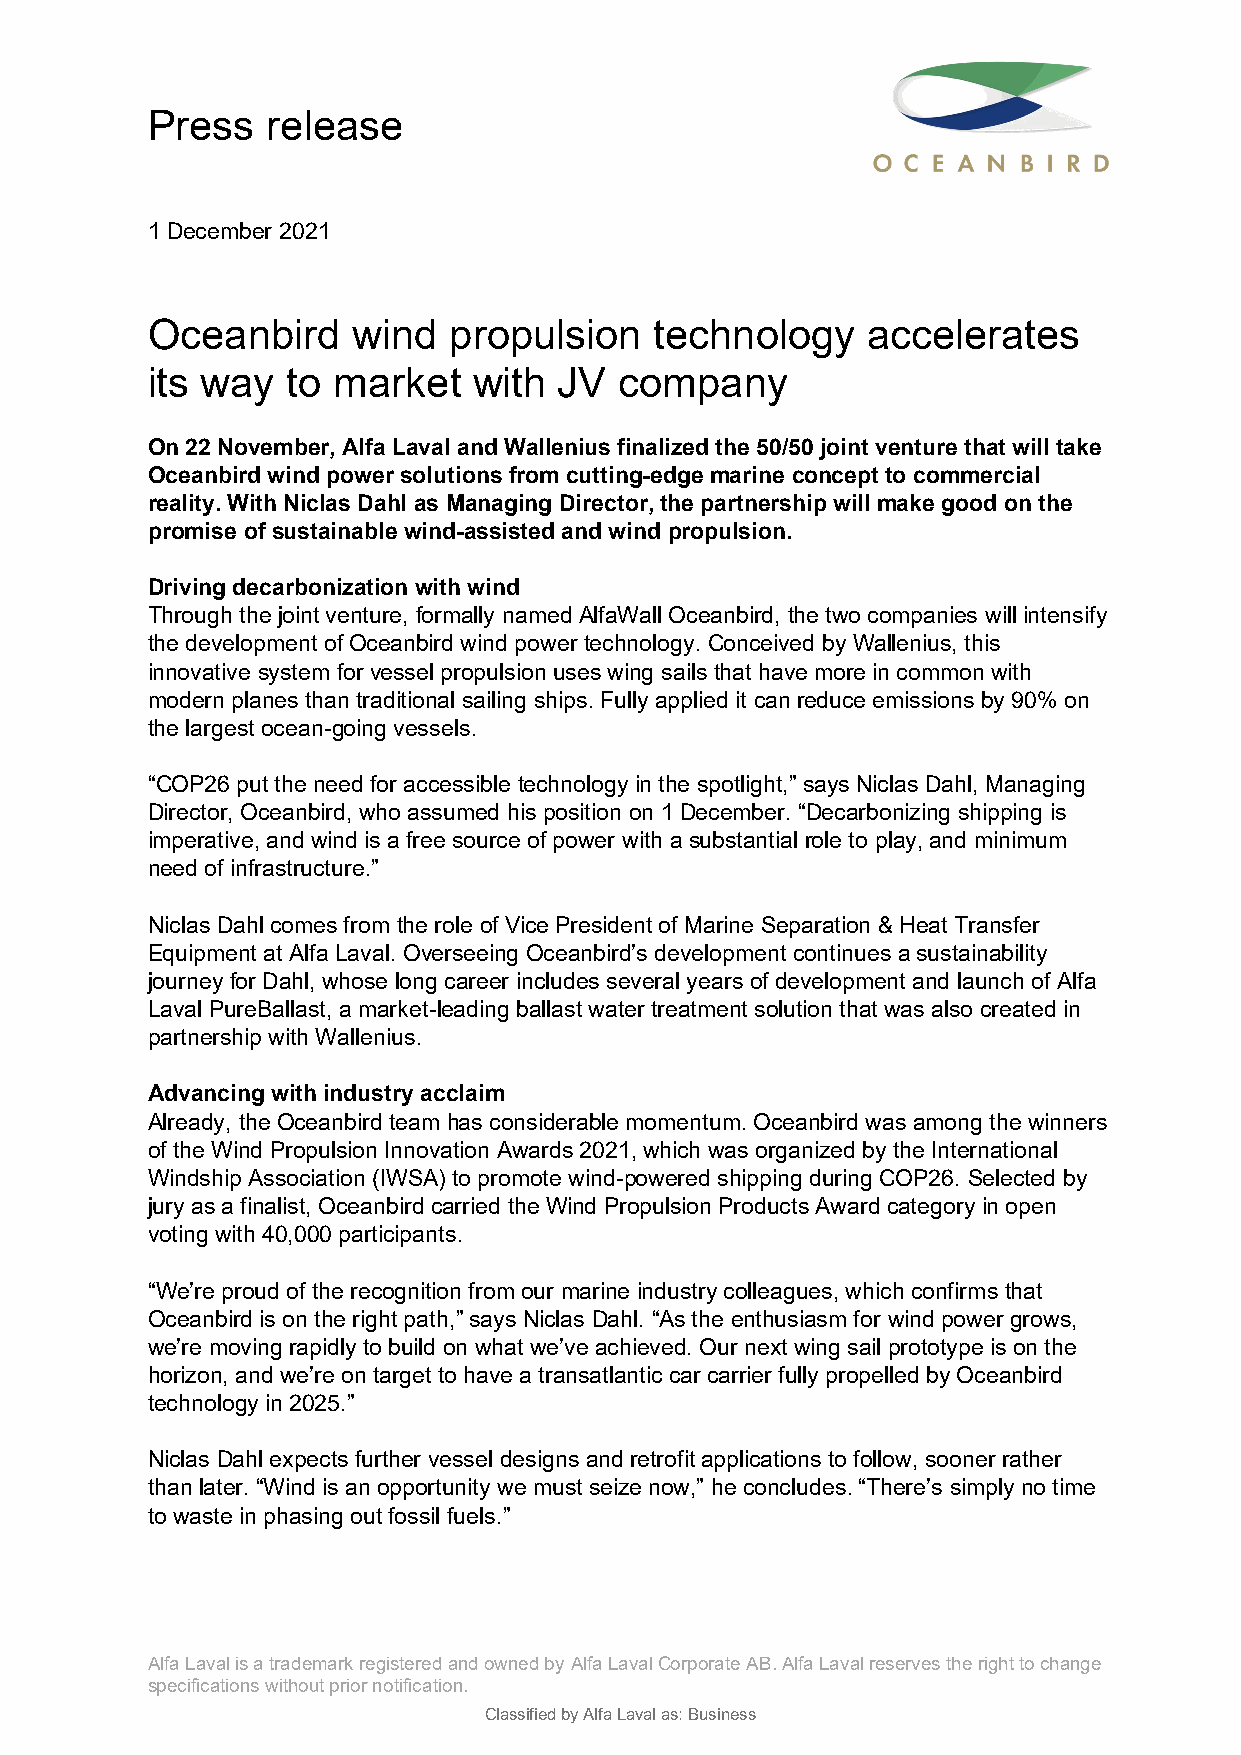
Press   release
 1 December 2021
 Oceanbird    wind   propulsion   technology    accelerates
 its way  to market   with  JV  company
 On 22 November, Alfa Laval and Wallenius finalized the 50/50 joint venture that will take
 Oceanbird wind power solutions from cutting-edge marine concept to commercial
 reality. With Niclas Dahl as Managing Director, the partnership will make good on the
 promise of sustainable wind-assisted and wind propulsion.
 Driving decarbonization with wind
 Through the joint venture, formally named AlfaWall Oceanbird, the two companies will intensify
 the development of Oceanbird wind power technology. Conceived by Wallenius, this
 innovative system for vessel propulsion uses wing sails that have more in common with
 modern planes than traditional sailing ships. Fully applied it can reduce emissions by 90% on
 the largest ocean-going vessels.
 “COP26 put the need for accessible technology in the spotlight,” says Niclas Dahl, Managing
 Director, Oceanbird, who assumed his position on 1 December. “Decarbonizing shipping is
 imperative, and wind is a free source of power with a substantial role to play, and minimum
 need of infrastructure.”
 Niclas Dahl comes from the role of Vice President of Marine Separation & Heat Transfer
 Equipment at Alfa Laval. Overseeing Oceanbird’s development continues a sustainability
 journey for Dahl, whose long career includes several years of development and launch of Alfa
 Laval PureBallast, a market-leading ballast water treatment solution that was also created in
 partnership with Wallenius.
 Advancing with industry acclaim
 Already, the Oceanbird team has considerable momentum. Oceanbird was among the winners
 of the Wind Propulsion Innovation Awards 2021, which was organized by the International
 Windship Association (IWSA) to promote wind-powered shipping during COP26. Selected by
 jury as a finalist, Oceanbird carried the Wind Propulsion Products Award category in open
 voting with 40,000 participants.
 “We’re proud of the recognition from our marine industry colleagues, which confirms that
 Oceanbird is on the right path,” says Niclas Dahl. “As the enthusiasm for wind power grows,
 we’re moving rapidly to build on what we’ve achieved. Our next wing sail prototype is on the
 horizon, and we’re on target to have a transatlantic car carrier fully propelled by Oceanbird
 technology in 2025.”
 Niclas Dahl expects further vessel designs and retrofit applications to follow, sooner rather
 than later. “Wind is an opportunity we must seize now,” he concludes. “There’s simply no time
 to waste in phasing out fossil fuels.”
 Alfa Laval is a trademark registered and owned by Alfa Laval Corporate AB. Alfa Laval reserves the right to change
 specifications without prior notification.
 Classified by Alfa Laval as: Business